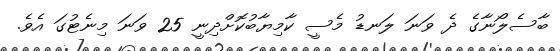
ބާސެލޯނާގެ ދެ ވަނަ ލަނޑު މެސީ ކާމިޔާބުކޮށްދިނީ 25 ވަނަ މިނެޓުގަ އެވެ.